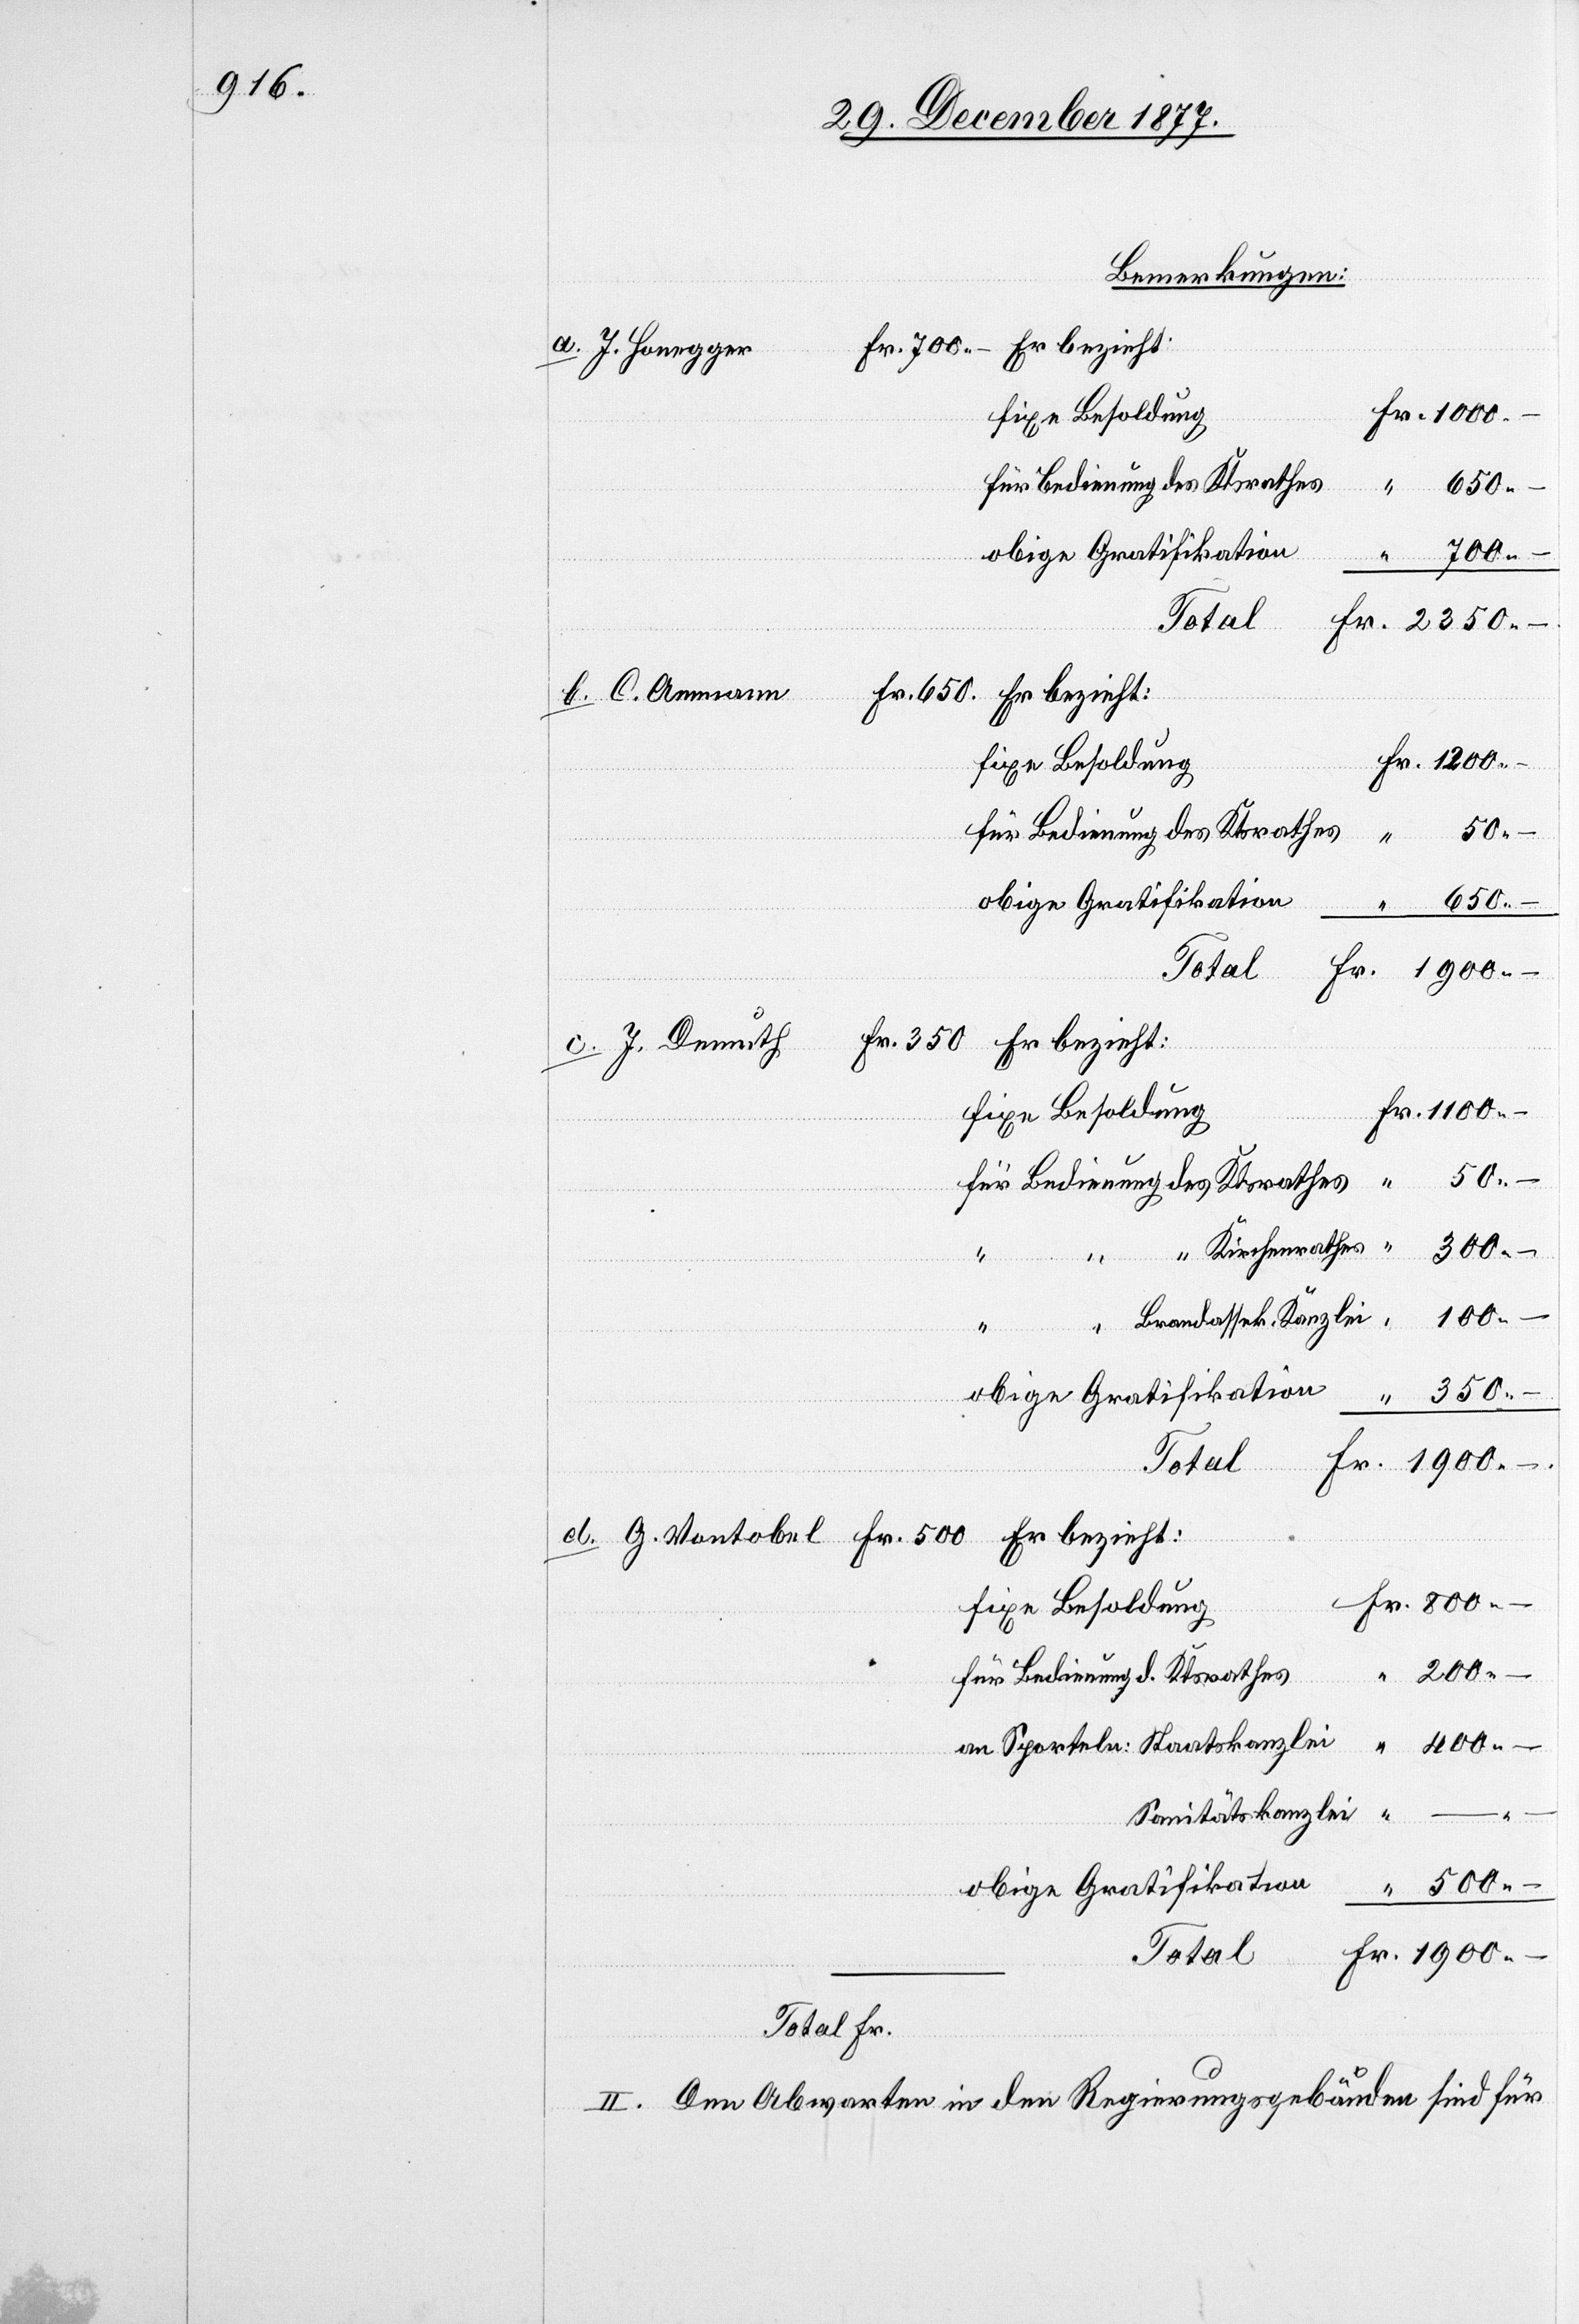
Bemerkungen:
fixe Besoldung
für Bedienung des Ktsrathes
Fr.
…
“ 200 –
–
Fr. 2350 –
kanzlei
50
d.
obige Gratifikation
650
Fr. 1900 –
Total
Fr. 1100 –
Fr. 800 –
für Bedienung d. Ktsrathes
400 –
Sanitätskanzlei
obige Gratifikation
500 –
Fr. 1900 –
II. Den Abwarten in den Regierungsgebäuden sind für